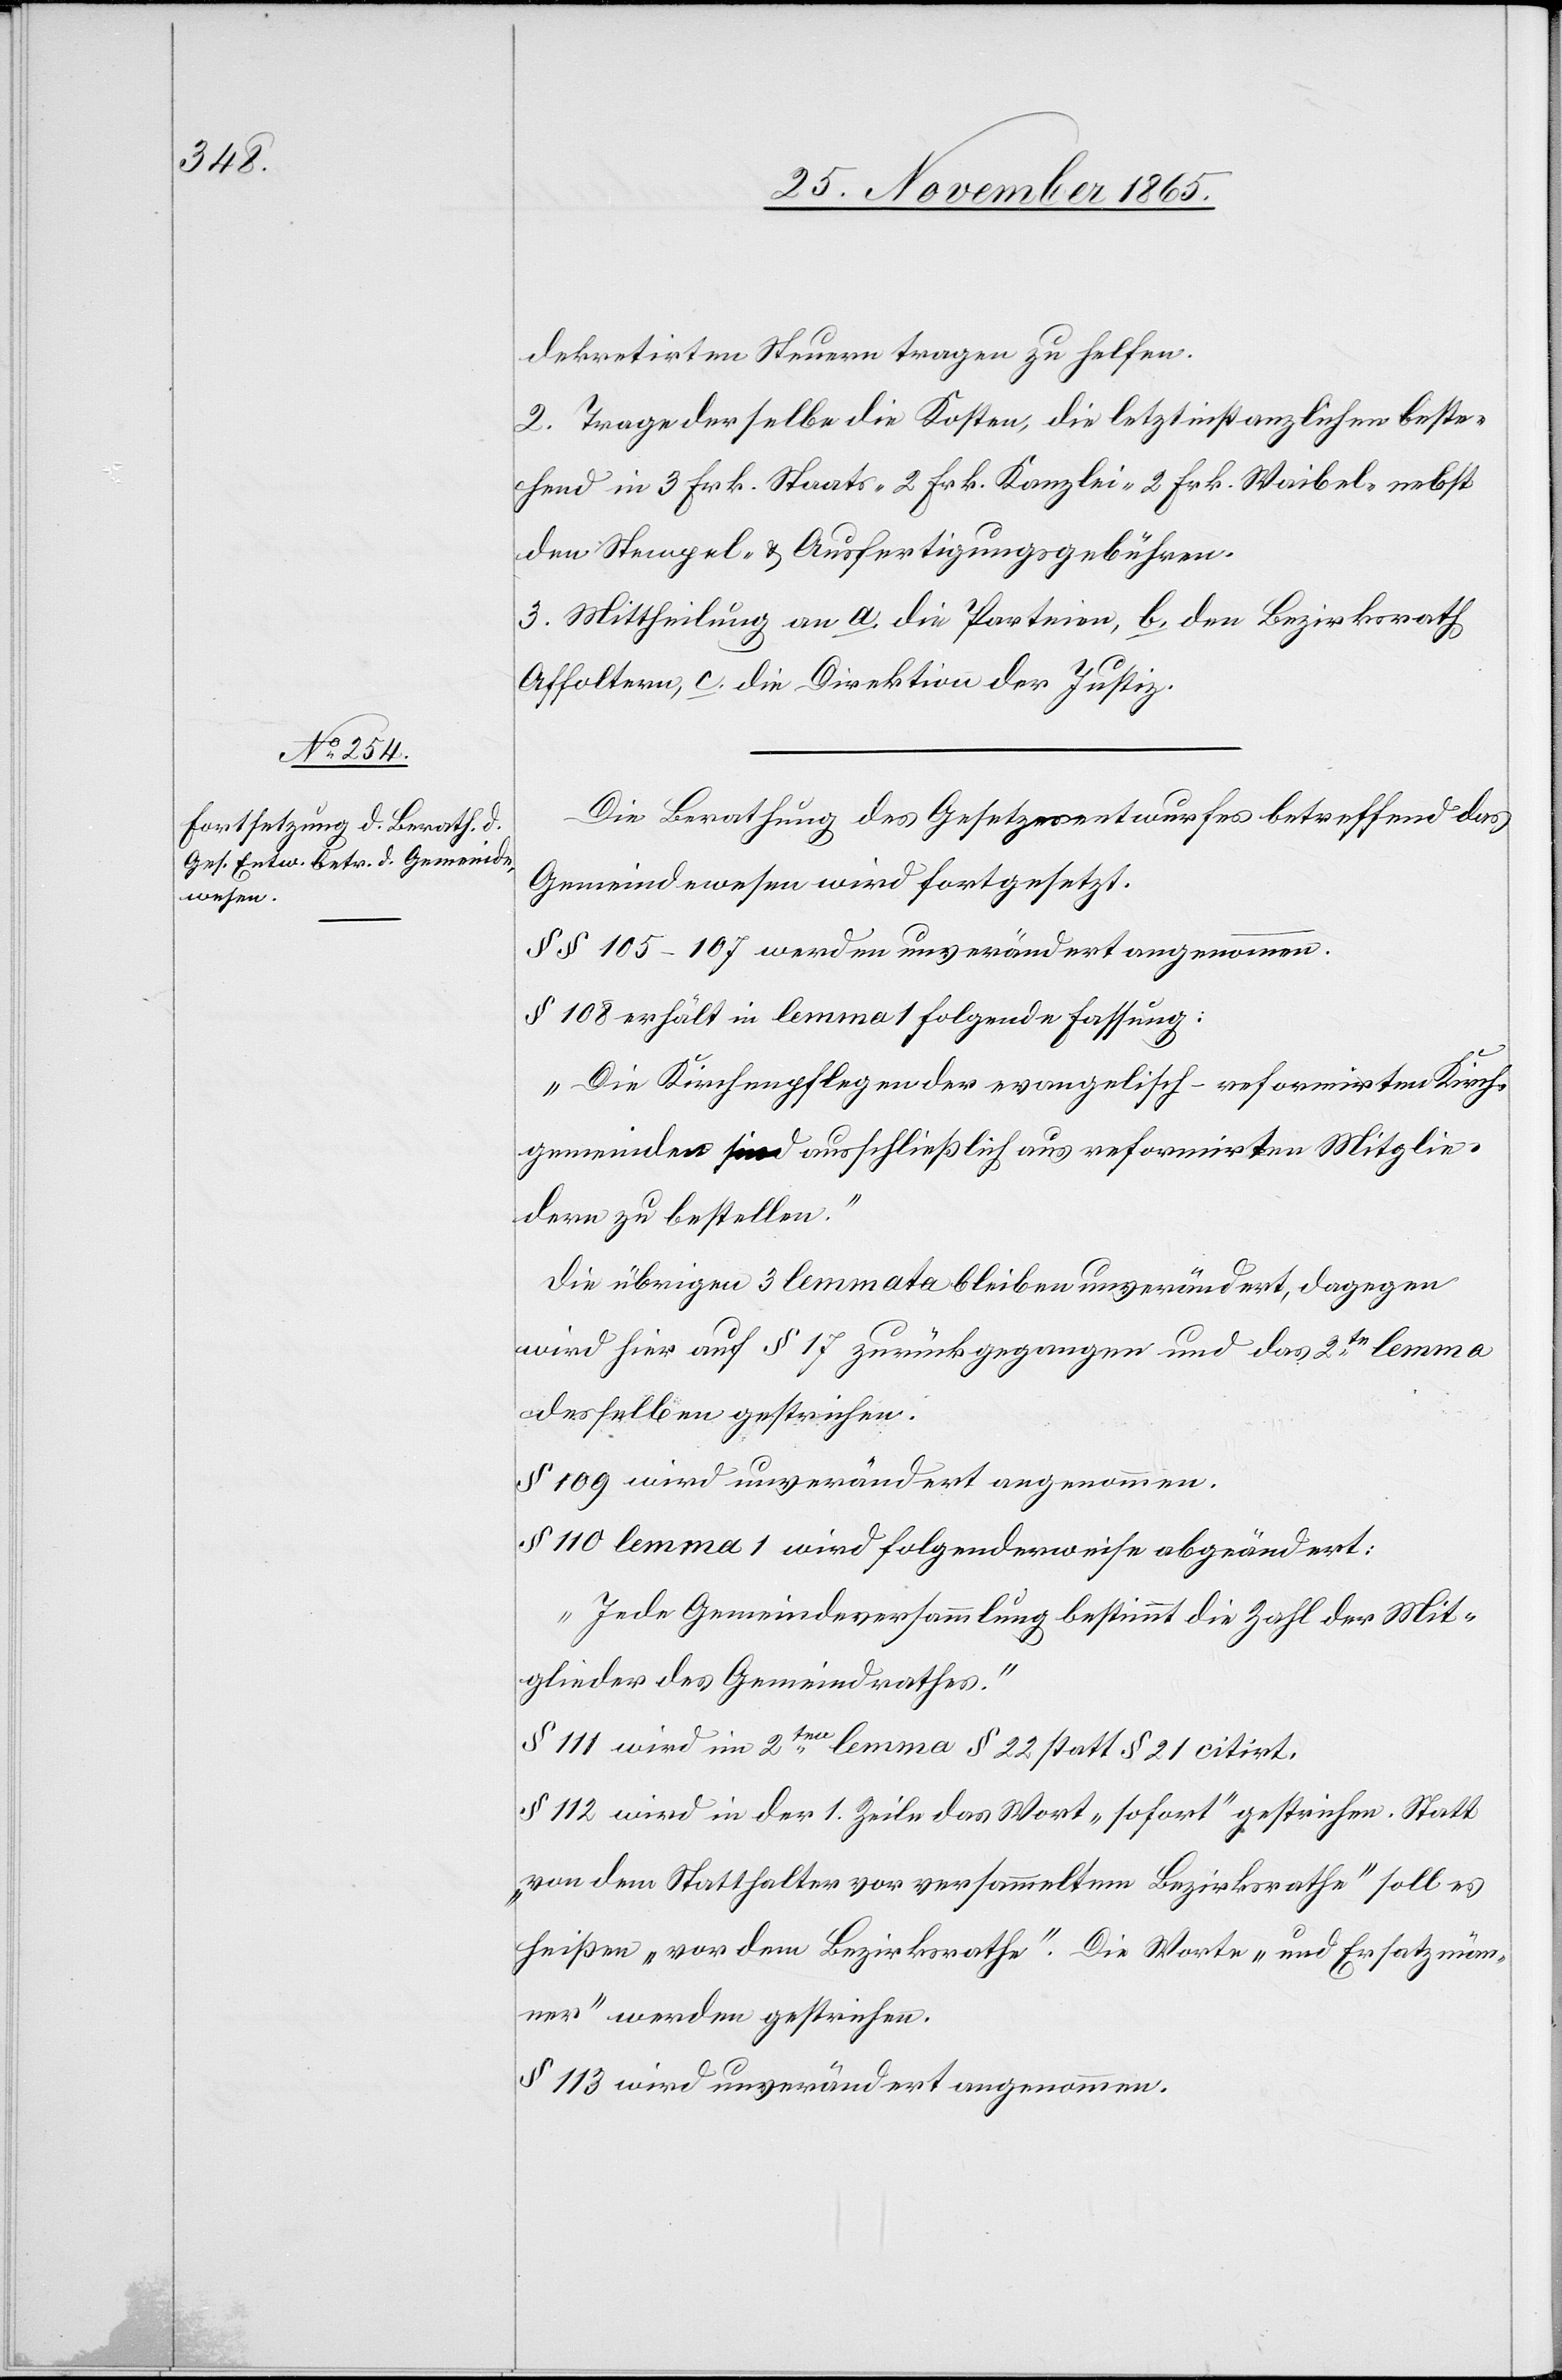
dekretirten Steuern tragen zu helfen.
2. Trage derselbe die Kosten, die letztinstanzlichen beste¬
hend in 3 Frk. Staats- 2 Frk. Kanzlei- 2 Frk. Waibel- nebst
den Stempel- & Ausfertigungsgebühren.
3. Mittheilung an a. die Parteien, b. den Bezirksrath
Affoltern, c. die Direktion der Justiz.
Die Berathung des Gesetzesentwurfes betreffend das
Gemeindewesen wird fortgesetzt.
§§ 105–107 werden unverändert angenommen.
§ 108 erhält in lemma 1 folgende Fassung:
„Die Kirchenpflegen der evangelisch-reformirten Kirch¬
gemeinden sind ausschließlich aus reformirten Mitglie¬
dern zu bestellen.“
Die übrigen 3 lemmata bleiben unverändert, dagegen
wird hier auf § 17 zurückgegangen und das 2te lemma
desselben gestrichen.
§ 109 wird unverändert angenommen.
§ 110 lemma 1 wird folgenderweise abgeändert:
„Jede Gemeindeversammlung bestimmt eine Zahl der Mit¬
glieder des Gemeindrathes.“
§ 111 wird im 2ten lemma § 22 statt § 21 citirt.
§ 112 wird in der 1. Zeile das Wort „sofort“ gestrichen. Statt
„von dem Statthalter vor versammeltem Bezirksrathe“ solle es
heißen „vor dem Bezirksrathe“. Die Worte „und Ersatzmän¬
ner“ werden gestrichen.
§ 113 wird unverändert angenommen.